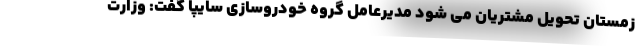
زمستان تحویل مشتریان می شود مدیرعامل گروه خودروسازی سایپا گفت: وزارت